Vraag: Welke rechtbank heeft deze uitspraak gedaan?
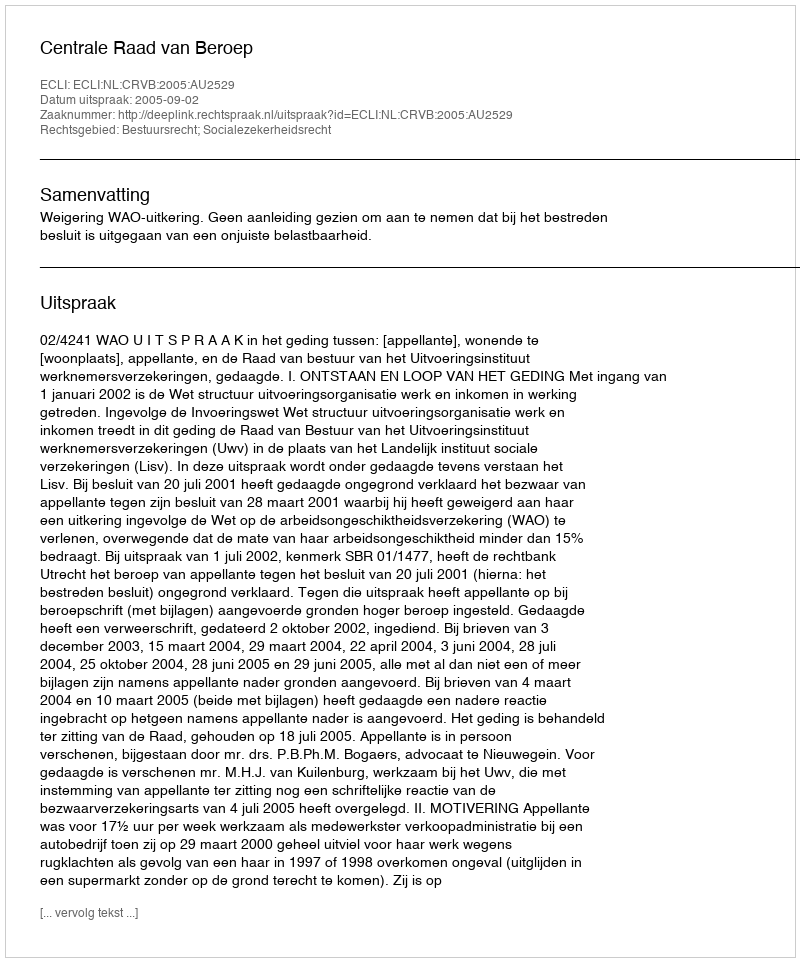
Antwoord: Centrale Raad van Beroep